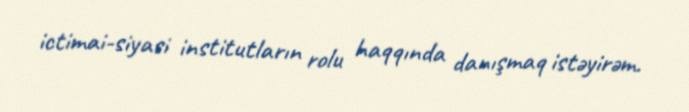
ictimai-siyasi institutların rolu haqqında danışmaq istəyirəm.